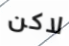
لاكن